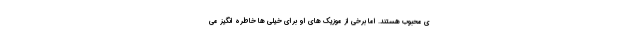
ی محبوب هستند. اما برخی از موزیک های او برای خیلی ها خاطره انگیز می